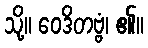
သို့။ ဝေဒိတဗ္ဗံ၊ ၏။